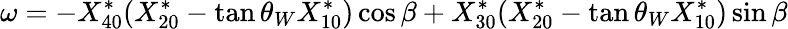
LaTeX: \omega=-X_{40}^{*}(X_{20}^{*}-\tan\theta_{W}X_{10}^{*})\cos\beta+X_{30}^{*}(X_{20}^{*}-\tan\theta_{W}X_{10}^{*})\sin\beta